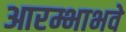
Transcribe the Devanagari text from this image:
आरम्भाभवे